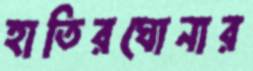
হাতিরঘোনার